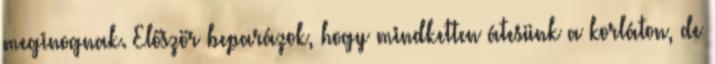
meginognak. Először beparázok, hogy mindketten átesünk a korláton, de